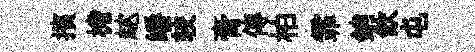
擯檐趑皤较膏傳柏霏銷飲屯